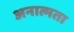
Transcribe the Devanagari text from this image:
अनात्मता